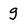
Character: g